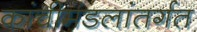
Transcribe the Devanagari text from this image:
कांचीमंडलांतर्गत